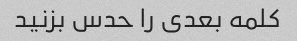
کلمه بعدی را حدس بزنید